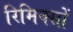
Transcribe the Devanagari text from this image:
रिमिक्सों